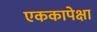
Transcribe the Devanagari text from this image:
एककापेक्षा